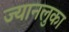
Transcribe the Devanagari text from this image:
ज्यानलुका